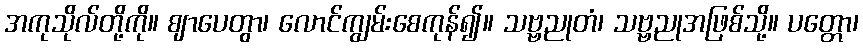
အကုသိုလ်တို့ကို။ ဈာပေတွာ၊ လောင်ကျွမ်းစေကုန်၍။ သဗ္ဗညုတံ၊ သဗ္ဗညုအဖြစ်သို့။ ပတ္တော၊